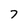
Character: 7